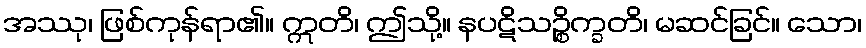
အဿု၊ ဖြစ်ကုန်ရာ၏။ ဣတိ၊ ဤသို့။ နပဋိသဉ္စိက္ခတိ၊ မဆင်ခြင်။ သော၊